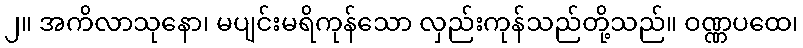
၂။ အကိလာသုနော၊ မပျင်းမရိကုန်သော လှည်းကုန်သည်တို့သည်။ ဝဏ္ဏပထေ၊